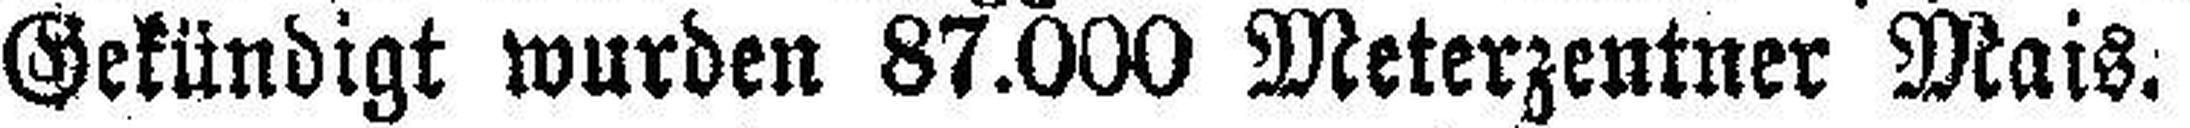
Gekündigt wurden 87.000 Meterzentner Mais.